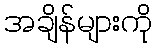
အချိန်များကို